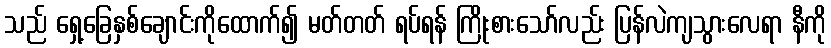
သည် ရှေ့ခြေနှစ်ချောင်းကိုထောက်၍ မတ်တတ် ရပ်ရန် ကြိုးစားသော်လည်း ပြန်လဲကျသွားလေရာ နီကို